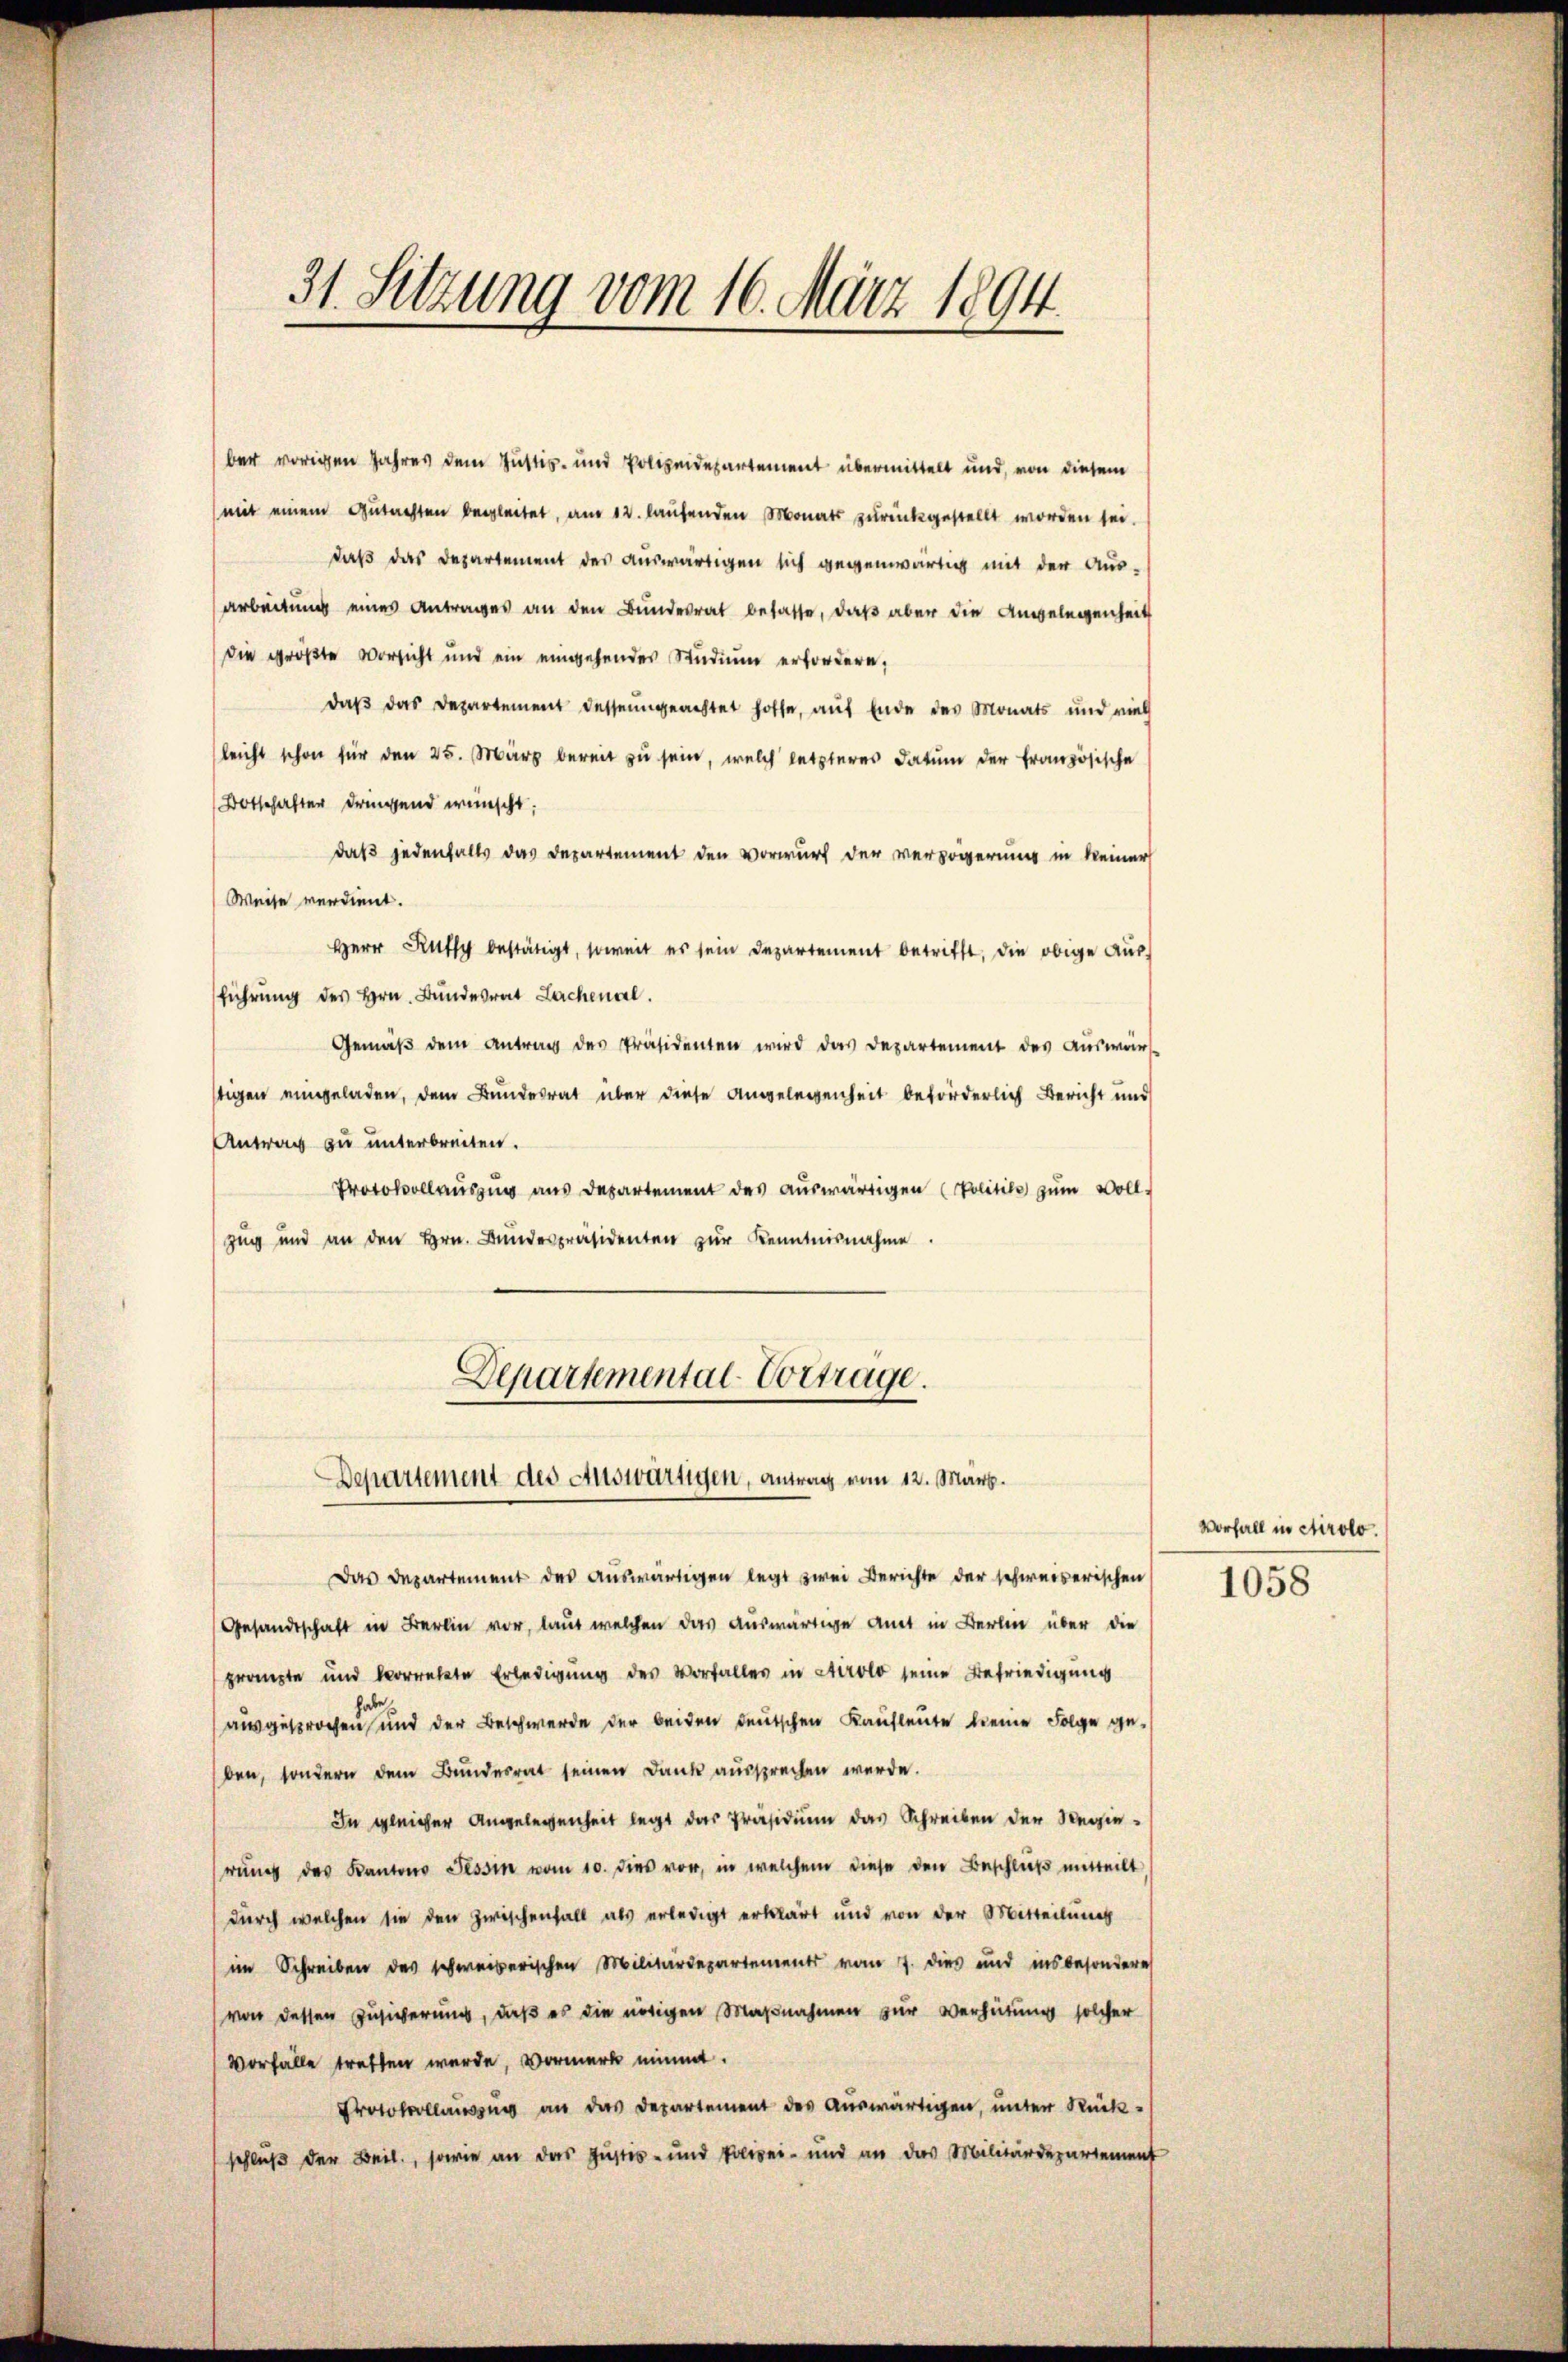
31. Sitzung vom 16. März 1894.

ber vorigen Jahres dem Justiz- und Polizeidepartement übermittelt und, von diesem
mit einem Gutachten begleitet, am 12. laufenden Monats zurückgestellt worden sei.
daß das Departement des auswärtigen sich gegenwärtig mit der Aus-
arbeitung eines Antrages an den Bŭndesrat besasse, daβ aber die Angelegenheit
die größte Vorsicht und ein eingehendes Studium erfordern,
daβ das Departement dessengeachtet hoffe, auf Ende des Monats und viel
leicht schon für den 25. März bereit zu sein, welch letzteres Datum der französische
Botschafter dringend wünscht.
daß jedenfalls das Departement den Vorwurf der verzögerung in keiner
Weise verdient.
Herr Rutty bestätigt, soweit es sein Departement betrifft, die obige Auss
führŭng des Hrn. Bŭndesrat Lachenal.
Gemäß dem Antrag des Präsidenten wird das Departement des Auswär-
stigen eingeladen, dem Bundesrat über diese Angelegenheit beförderlich Bericht und
Antrag zu unterbreiten.
Protokollauszug aus Departement des auswärtigen (Politik zum Voll¬
Zug und an den Hrn. Bundespräsidenten zur Kenntnisnahme.

Departemental-Vortrage.
Departement des Auswärtigen, antrag vom 12. Mart.

Das Departement des aŭswärtigen legt zwei Berichte der schweiserischen
Gesandtschaft in Berli vor, laut welchen das auswärtige Amt in Berlin über die
prompte und korrekte Erledigung des Vorfaller in Airolo seine Befriedigung
ausgesprochen und der Beschwerde der beiden deutschen Kaufleute keine Folge geben, sondern dem Bundesrat seinen Dank aussprechen werde.
In gleicher Angelegenheit legt das Präsidium das Schreiben der Regierung des Kantons Tessin vom 10. dies vor, in welchem diese den Beschließ mitteilt,
durch welchen sie den Zwischenfall als erledigt erklärt und von der Mitteilung
im Schreiben des schweizerischen Militärdepartements vom 7. dies und insbesonderes
von dessen Zusicherung, daß es die nötigen Maßnahmen zur Verhütung solcher
Vorfalle treffen wurde, Vormerk nimmt.
Protokollauszug an das Departement des Auswärtigen, unter Rückschluß der Beil, sowie an das Justiz- und Polizei- und an das Militärdepartement

Vorfall in Airolo.

1058